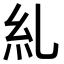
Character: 糺